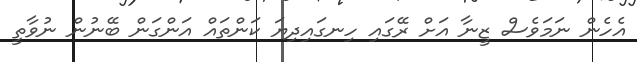
އެހެން ނަމަވެސް ޒީނާ އަށް ރޭގައި ހިނގައިދިޔަ ކަންތައް އަންގަން ބޭނުން ނުވާތީ